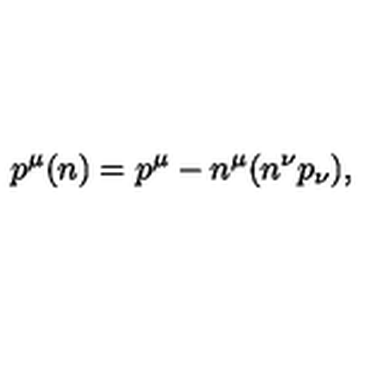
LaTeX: p ^ { \mu } ( n ) = p ^ { \mu } - n ^ { \mu } ( n ^ { \nu } p _ { \nu } ) ,